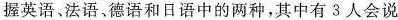
握英语﹑法语、德语和日语中的两种，其中有3人会说